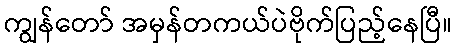
ကျွန်တော် အမှန်တကယ်ပဲဗိုက်ပြည့်နေပြီ။